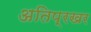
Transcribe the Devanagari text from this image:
अतिप्रखर